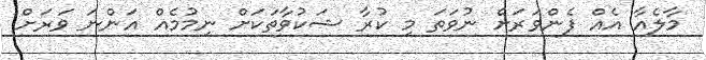
މާލެއާ އެއް ފެންވަރަށް ނުވަތަ މި ކުރާ ޝަކުވާތަކަށް ނިމުމެއް އަންނަ ވަރަށް